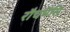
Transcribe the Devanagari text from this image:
रौचभैसि